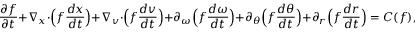
\frac { \partial f } { \partial t } + \nabla _ { \boldsymbol { x } } \cdot \Big ( f \frac { d \boldsymbol { x } } { d t } \Big ) + \nabla _ { \boldsymbol { v } } \cdot \Big ( f \frac { d \boldsymbol { v } } { d t } \Big ) + \partial _ { \omega } \Big ( f \frac { d \omega } { d t } \Big ) + \partial _ { \theta } \Big ( f \frac { d \theta } { d t } \Big ) + \partial _ { r } \Big ( f \frac { d r } { d t } \Big ) = C ( f ) ,